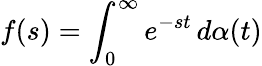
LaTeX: f(s)=\int_{0}^{\infty}e^{-st}\, d\alpha(t)